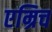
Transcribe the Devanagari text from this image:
एम्रिच